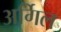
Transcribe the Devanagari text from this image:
अर्गिल